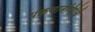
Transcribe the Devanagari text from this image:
पकवानविधि